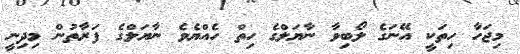
މިޖަހާ ހިތަކީ އޭނަގެ ލޯބިވާ ނާޔަލްގެ ހިތް ހެއްޔެވެ ނާޔަލްގެ ފަރާތުން މިދިނީ